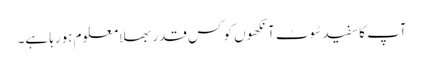
آپ کا سفید سُوٹ آنکھوں کو کس قدر بھلا معلوم ہورہا ہے۔